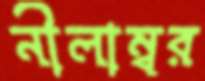
নীলাম্বর